Document type: Barter
Year: 1304
Scribe: Pere Pometa
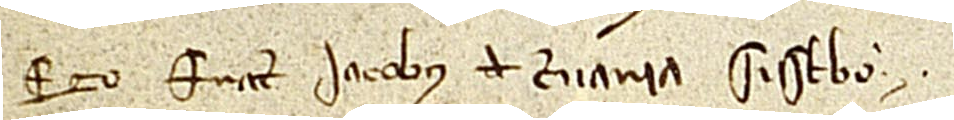
Ego frater Iacobus de Cervaria subscribo.